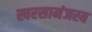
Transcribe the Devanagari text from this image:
स्वरसामंजस्य